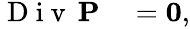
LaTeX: \begin{array}{rl}{\mathrm{~D~i~v~}\, \mathbf{P}}&{{}=\mathbf{0},}\end{array}